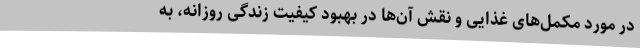
در مورد مکمل‌های غذایی و نقش آن‌ها در بهبود کیفیت زندگی روزانه، به